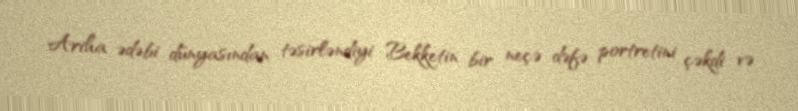
Ariha ədəbi dünyasından təsirləndiyi Bekketin bir neçə dəfə portretini çəkdi və